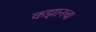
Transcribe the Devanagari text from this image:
कझानचा